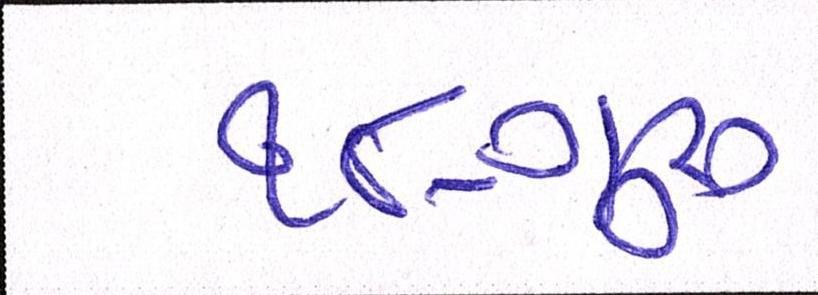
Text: ૧૮-ગુરૂ